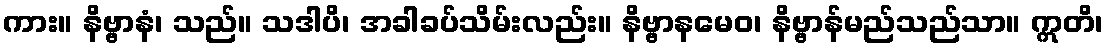
ကား။ နိဗ္ဗာနံ၊ သည်။ သဒါပိ၊ အခါခပ်သိမ်းလည်း။ နိဗ္ဗာနမေဝ၊ နိဗ္ဗာန်မည်သည်သာ။ ဣတိ၊